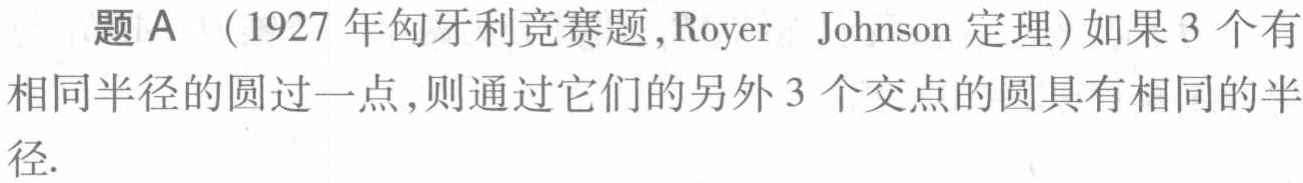
题A（1927 年匈牙利竞赛题，Royer Johnson 定理）如果 3 个有相同半径的圆过一点，则通过它们的另外 3 个交点的圆具有相同的半径.